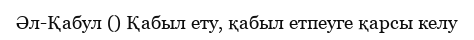
Әл-Қабул () Қабыл ету, қабыл етпеуге қарсы келу